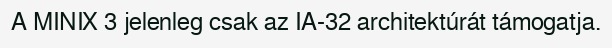
A MINIX 3 jelenleg csak az IA-32 architektúrát támogatja.